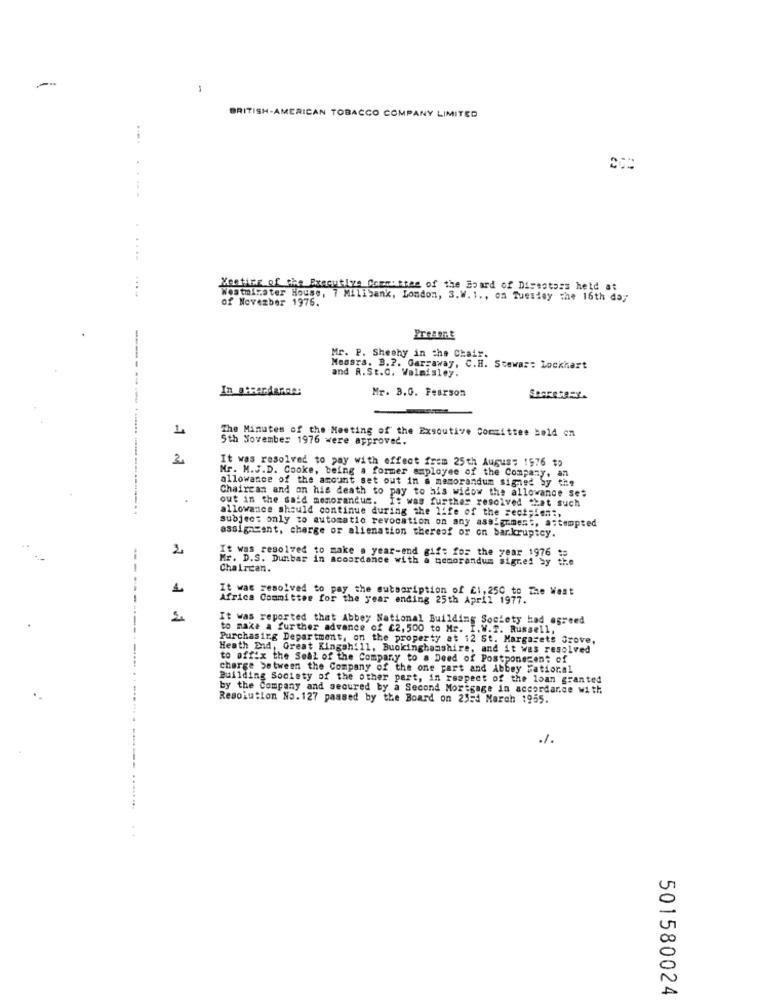
BRITISH-AMERICAN TOBACCO COMPANY LIMITED
Meeting of the Executive Committee of the Board of Directors held at
Westminster House, 7 Milibank, London, 3.W. 1 ., on Tuesday the 16th day
of November 1976.
Present
Mr. P. Sheehy in the Chair.
----
Messrs. B.2. Garraway, C.H. Stewar: Lockhart
and R.St.C. Walmisley.
In otherdaran:
Mr. 3.0. Pearson
SparetOFY.
1
The Minutes of the Meeting of the Exsoutive Committee hold on
5th November 1976 were approved.
It was resolved to pay with effect frem 25th August 1576 $p
Mr. M.J.D. Cooke, being a former employee of the Company. an
allowance of the amount set out in a memorandum signed by the
Chairean and on his death to pay to his widow the allowance ses
out in the said memorandum. It was further resolved that such
allowance should continue during the life of the sect;f ==:,
subject only to automatic revocation on any assignment, attempted
assignsant, charge or alienation thereof or on bankruptcy.
2
Mr. D.S. Dunbar in accordance with a memorandum signed by
It was resolved to make a year-end gift for the year 1976 as
Chaircan.
1
It was resolved to pay the subscription of £1, 250 to The West
frica Committee for the year ending 25th April 1977.
It was reported that Abbey National Building Society had agreed
to make a further advance of £2, 500 to Mr. I.W.T. Russell,
Purchasing Department, on the property at 12 St. Margarets Grove,
Heath End, Great Kingshill, Buckinghamshire, and it was resolved
to off:x the Seal of the Company to a Deed of Postponecent of
charge between the Company of the one part and Abbey National
Building Society of the other part, in respect of the loan granted
by the Company and secured by a Second Mortgage in accordance with
Resolution No.127 passed by the Board on 23:4 March 1955.
./.
501580024